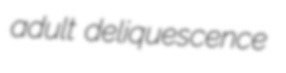
adult deliquescence